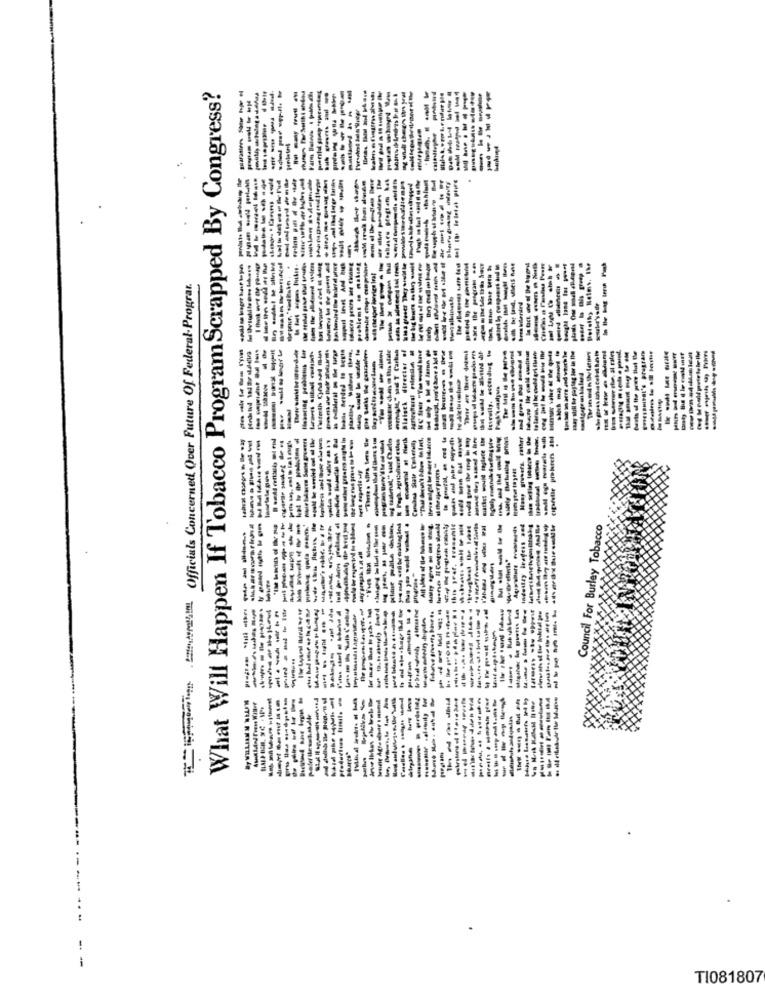
What Will Happen If Tobacco Program Scrapped By Congress?
------
- - --
----
-- --
-----
----
----
- -- --
-----
--------
---- -------
------------
--------
---------
------------
------
----
----
-----
Hispamomen . bedr Officials Concerned Over Future Of Federal- Prograr.
bom bilenind
-----
-----
-----
omake" se T Carkas
Blalock director of
--------
---------
------
-----
-----
-----
----
-----
----
----
--------
------------
----------
----
Candoa State Kolerally
----
----
---
cigaretle pioleters
-- ---
----------
------------
----------------
---------
---- -
Council For Burley Tobacco
---
----
-----.
------
------
--
-----
-----
-----
----
---------
-----
------
By WILLIAMM NLLEM
-
==
TI081807